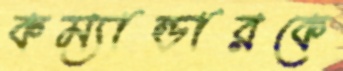
কম্যান্ডারকে